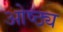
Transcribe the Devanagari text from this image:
ओष्ठ्य